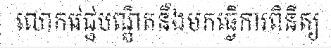
លោកវេជ្ជបណ្ឌិតនឹងមកធ្វើការពិនិត្យ